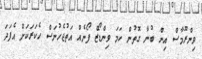
ވިންރޫމާސް އިން ބުނާ ގޮތުން ހަމަ ވިންޑޯޒް ފޯނެއް އަތުޖެހުނަސް ހެކަރަކަށް އެފަދަ